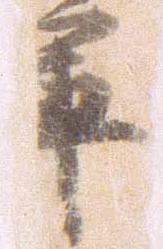
軍